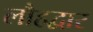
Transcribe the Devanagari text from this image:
लौहद्वार